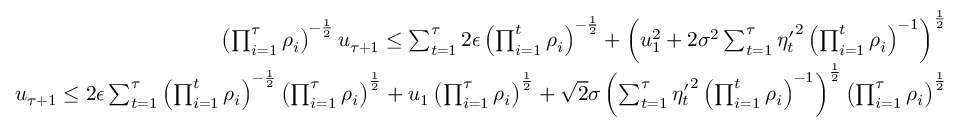
\begin{array} { r } { \left( \prod _ { i = 1 } ^ { \tau } \rho _ { i } \right) ^ { - \frac { 1 } { 2 } } u _ { \tau + 1 } \le \sum _ { t = 1 } ^ { \tau } 2 \epsilon \left( \prod _ { i = 1 } ^ { t } \rho _ { i } \right) ^ { - \frac { 1 } { 2 } } + \left( u _ { 1 } ^ { 2 } + 2 \sigma ^ { 2 } \sum _ { t = 1 } ^ { \tau } { \eta _ { t } ^ { \prime } } ^ { 2 } \left( \prod _ { i = 1 } ^ { t } \rho _ { i } \right) ^ { - 1 } \right) ^ { \frac { 1 } { 2 } } } \\ { u _ { \tau + 1 } \le 2 \epsilon \sum _ { t = 1 } ^ { \tau } \left( \prod _ { i = 1 } ^ { t } \rho _ { i } \right) ^ { - \frac { 1 } { 2 } } \left( \prod _ { i = 1 } ^ { \tau } \rho _ { i } \right) ^ { \frac { 1 } { 2 } } + u _ { 1 } \left( \prod _ { i = 1 } ^ { \tau } \rho _ { i } \right) ^ { \frac { 1 } { 2 } } + \sqrt { 2 } \sigma \left( \sum _ { t = 1 } ^ { \tau } { \eta _ { t } ^ { \prime } } ^ { 2 } \left( \prod _ { i = 1 } ^ { t } \rho _ { i } \right) ^ { - 1 } \right) ^ { \frac { 1 } { 2 } } \left( \prod _ { i = 1 } ^ { \tau } \rho _ { i } \right) ^ { \frac { 1 } { 2 } } } \end{array}